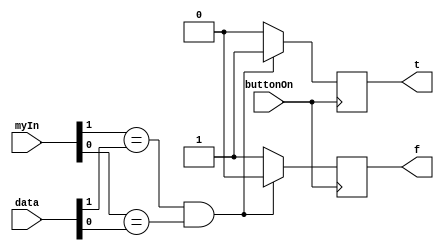
module compareStage(myIn,data,t,f,buttonOn);

input [1:0] myIn;
input [1:0] data;
input buttonOn;
output t, f;

reg t,f;

always @(posedge buttonOn)
begin
	if(buttonOn == 1)
	begin
    t = 0;
    f = 0;
     if(myIn[1] == data[1] && myIn[0] == data[0])
        t = 1;
     else
        f = 1;
	end
	else if(buttonOn == 0)
	begin
		t = 0;
		f = 0;
	end
end
endmodule